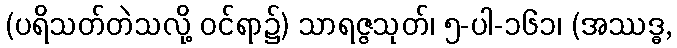
(ပရိသတ်တဲသလို့ ဝင်ရာ၌) သာရဇ္ဇသုတ်၊ ၅-ပါ-၁၆၁၊ (အဿဒ္ဓ,